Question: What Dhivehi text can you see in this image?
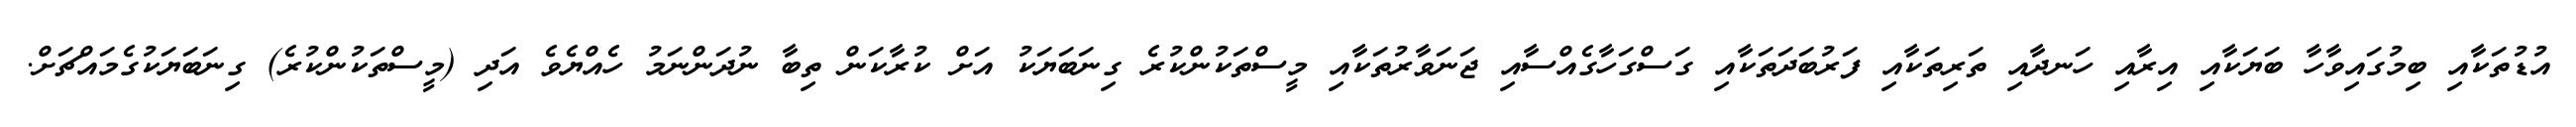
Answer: އުޑުތަކާއި ބިމުގައިވާހާ ބަޔަކާއި އިރާއި ހަނދާއި ތަރިތަކާއި ފަރުބަދަތަކާއި ގަސްގަހާގެއްސާއި ޖަނަވާރުތަކާއި މީސްތަކުންކުރެ ގިނަބަޔަކު އަށް ކުރާކަން ތިބާ ނުދަންނަމު ހެއްޔެވެ އަދި (މީސްތަކުންކުރެ) ގިނަބަޔަކުގެމައްޗަށް.